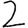
Digit: 2